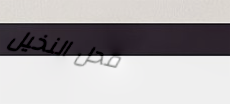
محل النخيل